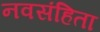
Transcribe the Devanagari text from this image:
नवसंहिता